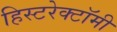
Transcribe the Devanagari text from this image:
हिस्टरेक्टॉमी